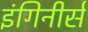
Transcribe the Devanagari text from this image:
इंगिनीर्स